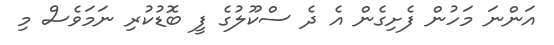
އަންނަ މަހުން ފެށިގެން އެ ދެ ސްކޫލުގެ ފީ ބޮޑުކުރި ނަމަވެސް މި